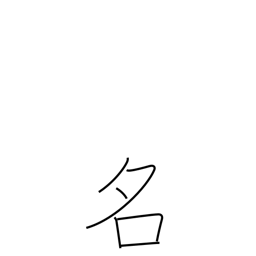
Meaning: noted